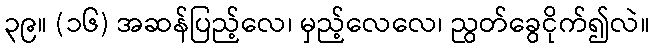
၃၉။ (၁၆) အဆန်ပြည့်လေ၊ မှည့်လေလေ၊ ညွတ်ခွေငိုက်၍လဲ။